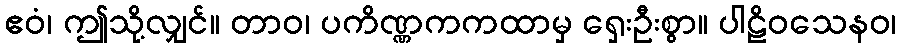
ဧဝံ၊ ဤသို့လျှင်။ တာဝ၊ ပကိဏ္ဏကကထာမှ ရှေးဦးစွာ။ ပါဠိဝသေနဝ၊